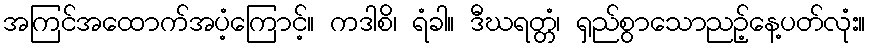
အကြင်အထောက်အပံ့ကြောင့်။ ကဒါစိ၊ ရံခါ။ ဒီဃရတ္တံ၊ ရှည်စွာသောညဉ့်နေ့ပတ်လုံး။